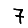
Digit: 7